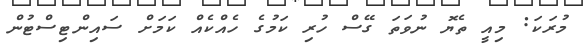
މުރަކަ: މިއީ ތެޔޮ ނުވަތަ ގޭސް ހުރި ކަމުގެ ހެއްކެއް ކަަމަށް ސައިންޓިސްޓުން